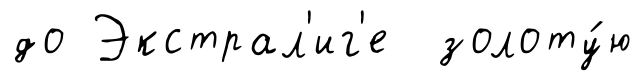
до Экстрал'иг'е золоту́ю